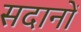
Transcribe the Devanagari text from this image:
सदानों